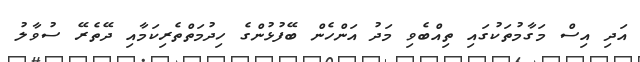
އަދި އިސް މަގާމުތަކުގައި ތިއްބެވި މަދު އަންހެން ބޭފުޅުންގެ ހިދުމަތްތެރިކަމާއި ދޭތެރޭ ސުވާލު